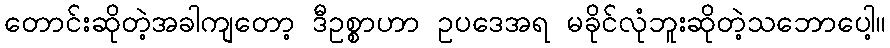
တောင်းဆိုတဲ့အခါကျတော့ ဒီဥစ္စာဟာ ဥပဒေအရ မခိုင်လုံဘူးဆိုတဲ့သဘောပေါ့။